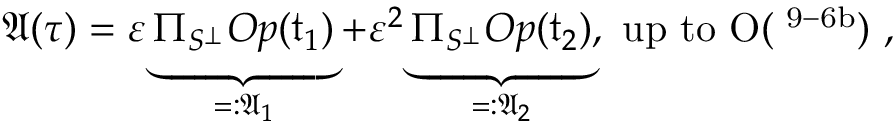
\begin{array} { r } { \mathfrak { A } ( \tau ) = \varepsilon \underbrace { \Pi _ { S ^ { \perp } } O p ( \mathfrak { t } _ { 1 } ) } _ { = : \mathfrak { A } _ { 1 } } + \varepsilon ^ { 2 } \underbrace { \Pi _ { S ^ { \perp } } O p ( \mathfrak { t } _ { 2 } ) } _ { = : \mathfrak { A } _ { 2 } } , \mathrm { ~ u p ~ t o ~ O ( \varepsilon ^ { 9 - 6 b } ) ~ , } } \end{array}